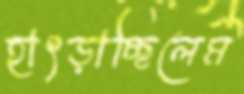
হাৎড়াচ্ছিলেম